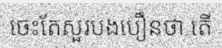
ចេះតែសួរបងបឿនថា តើ